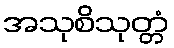
အသုစိသုတ္တံ